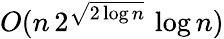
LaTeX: O(n\, 2^{\sqrt{2\log n}}\, \log n)